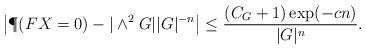
LaTeX: \begin{align*} \left|\P(FX=0) - |\wedge^2 G ||G|^{-n}\right| &\leq \frac{(C_G+1)\exp(-cn)}{|G|^{n}}.\end{align*}